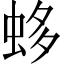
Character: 蛥